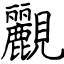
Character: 䚕